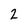
Character: 2